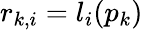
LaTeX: r_{k,i}=l_{i}(p_{k})